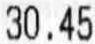
30.45